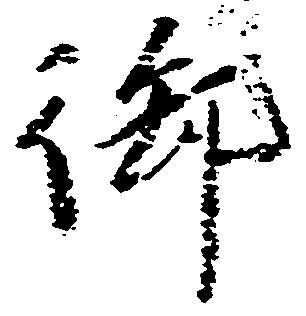
御